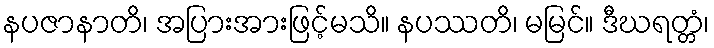
နပဇာနာတိ၊ အပြားအားဖြင့်မသိ။ နပဿတိ၊ မမြင်။ ဒီဃရတ္တံ၊